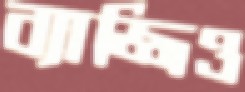
ব্যাজ্জিও